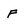
Character: f